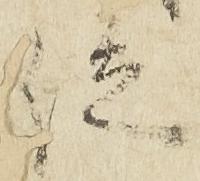
位